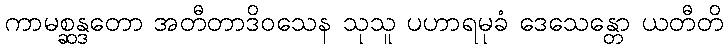
ကာမစ္ဆန္ဒတော အတီတာဒိဝသေန သုသူ ပဟာရမုခံ ဒေသေန္တော ယတီတိ